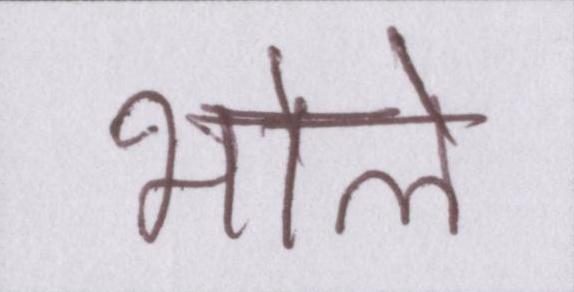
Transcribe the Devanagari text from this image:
भोले